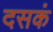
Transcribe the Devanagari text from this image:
दसकं